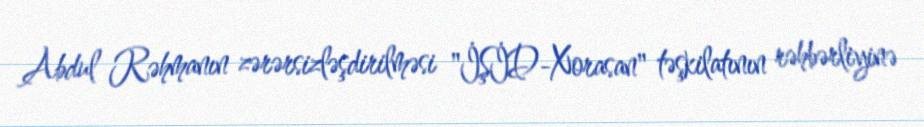
Abdul Rəhmanın zərərsizləşdirilməsi "İŞİD-Xorasan" təşkilatının rəhbərliyinə